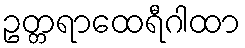
ဥတ္တရာထေရီဂါထာ